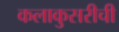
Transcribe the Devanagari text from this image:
कलाकुसरीची